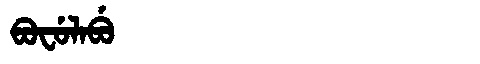
Manchu: ᠪᠣᠸᡠᠯᠠᠪᡠ
Romanization: BOFULABU